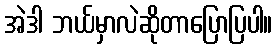
အဲဒါ ဘယ်မှာလဲဆိုတာပြောပြပါ။